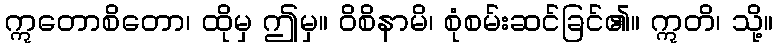
ဣတောစိတော၊ ထိုမှ ဤမှ။ ဝိစိနာမိ၊ စုံစမ်းဆင်ခြင်၏။ ဣတိ၊ သို့။